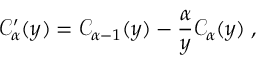
\mathcal { C } _ { \alpha } ^ { \prime } ( y ) = \mathcal { C } _ { \alpha - 1 } ( y ) - \frac { \alpha } { y } \mathcal { C } _ { \alpha } ( y ) \; ,